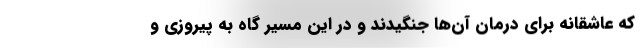
که عاشقانه برای درمان آن‌ها جنگیدند و در این مسیر گاه به پیروزی و